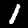
Digit: 1